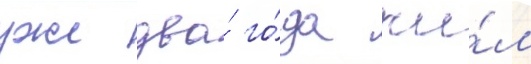
уже два́ го́да жи́л